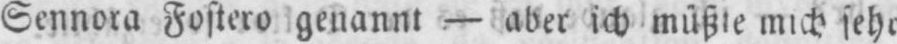
Sennora Fostero genannt - aber ich müßte mich sehr